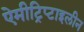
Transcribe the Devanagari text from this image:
ऐमीट्रिप्टाइलीन